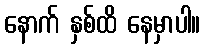
နောက် နှစ်ထိ နေမှာပါ။